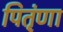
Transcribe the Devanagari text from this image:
पितृंणा